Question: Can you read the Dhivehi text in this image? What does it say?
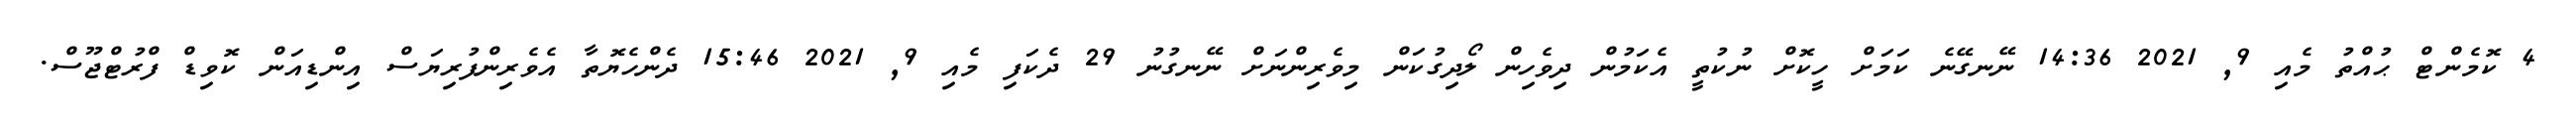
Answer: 4 ކޮމެންޓް ޙުއްތު މެއި 9, 2021 14:36 ނޭނގޭނެ ކަމަށް ހީކޮށް ނުކުތީ އެކަމުން ދިވެހިން ލޯދިގުކަން މިވެރިންނަށް ނޭނގުނު 29 ދެކަފި މެއި 9, 2021 15:46 ދެންހެޔޮތާ އެވެރިންފުރިޔަސް އިންޑިއަން ކޮވިޑް ފްރުޓްޖޫސް.